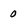
Character: 0